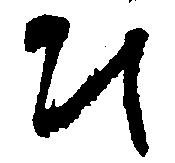
ひ